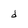
Character: d